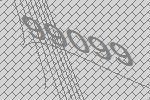
99099